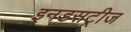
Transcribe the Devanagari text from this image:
इनडसट्रीज